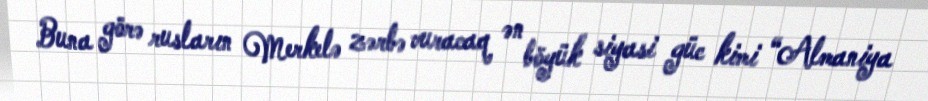
Buna görə rusların Merkelə zərbə vuracaq ən böyük siyasi güc kimi “Almaniya